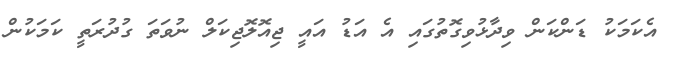
އެކަމަކު ޑަންކަން ވިދާޅުވިގޮތުގައި އެ އަޑު އައީ ޖިއޮލޮޖިކަލް ނުވަތަ ގުދުރަތީ ކަމަކުން